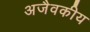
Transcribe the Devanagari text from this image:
अजैवकीय